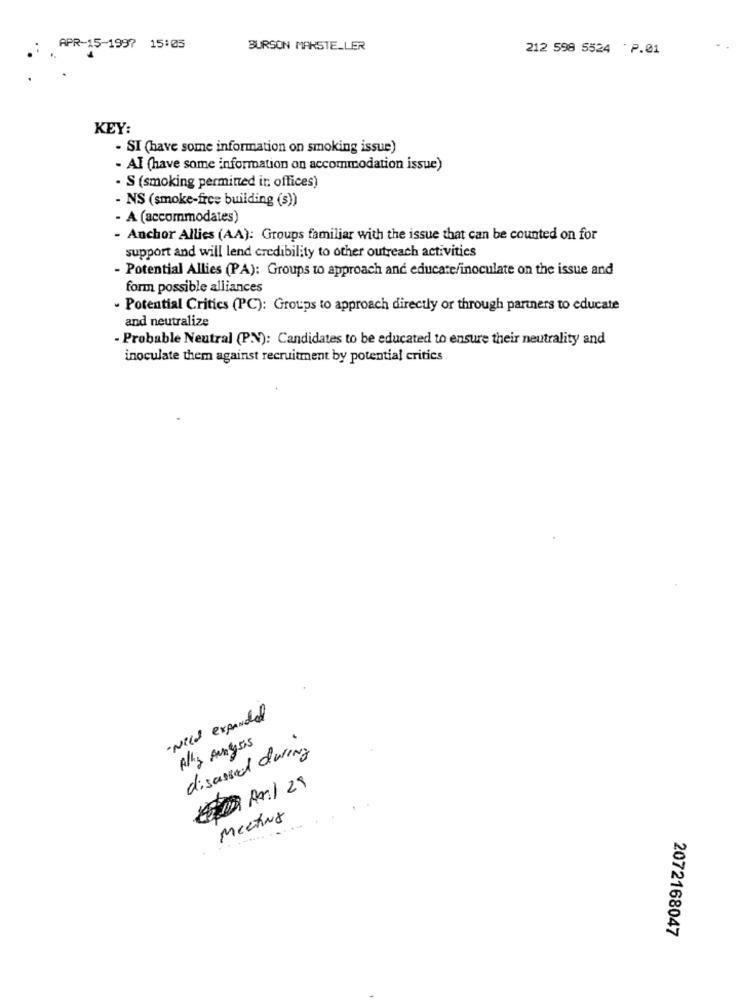
APR-15-1997 15:05
BURSON MARSTELLER
212 598 5524 ' P.01
KEY:
- SI (have some information on smoking issue)
- AI (have some information on accommodation issue)
· S (smoking permitted ir offices)
- NS (smoke-free building (s))
- A (accommodates)
- Anchor Allies (AA): Groups familiar with the issue that can be counted on for
support and will lend credibility to other outreach activities
- Potential Allies (PA): Groups to approach and educate/inoculate on the issue and
form possible alliances
- Potential Critics (PC): Groups to approach directly or through partners to educate
and neutralize
- Probable Neutral (PN): Candidates to be educated to ensure their neutrality and
inoculate them against recruitment by potential critics
·Need expanded
Ally Aungens
discussed during
MecTINA
2072168047